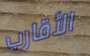
الأقارب